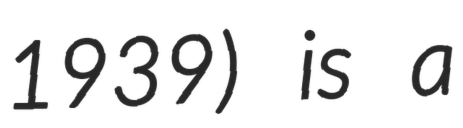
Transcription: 1939) is a